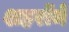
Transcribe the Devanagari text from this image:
शहरोंमें